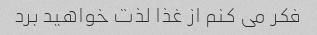
فکر می کنم از غذا لذت خواهید برد